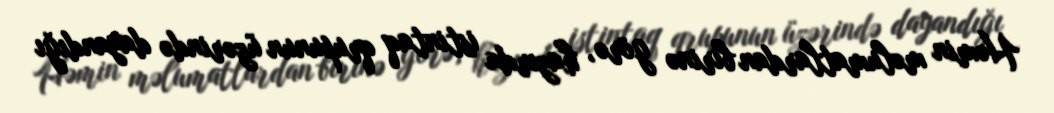
Həmin məlumatlardan birinə görə, hazırda istintaq qrupunun üzərində dayandığı